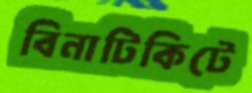
বিনাটিকিটে